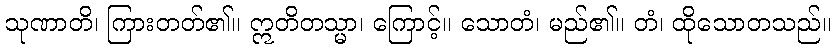
သုဏာတိ၊ ကြားတတ်၏။ ဣတိတသ္မာ၊ ကြောင့်။ သောတံ၊ မည်၏။ တံ၊ ထိုသောတသည်။